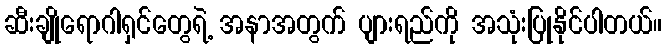
ဆီးချိုရောဂါရှင်တွေရဲ့ အနာအတွက် ပျားရည်ကို အသုံးပြုနိုင်ပါတယ်။